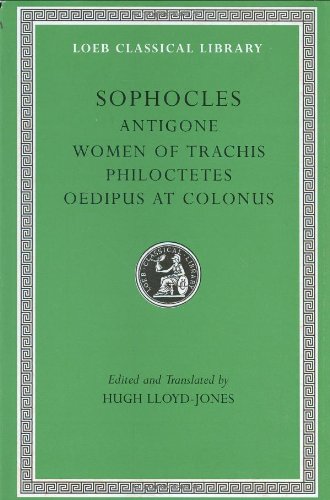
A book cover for Sophocles, Volume II. Antigone. The Women of Trachis. Philoctetes. Oedipus at Colonus (Loeb Classical Library No. 21); Sophocles; Literature & Fiction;